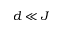
d \ll J